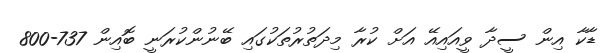
ޑާކާ އިން ސީދާ ވީއައިއޭ އަށް ކުރާ މިދަތުރުތަކުގައި ބޭނުންކުރަނީ ބޮއިން 737-800